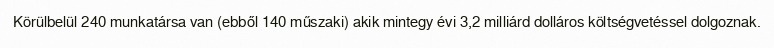
Körülbelül 240 munkatársa van (ebből 140 műszaki) akik mintegy évi 3,2 milliárd dolláros költségvetéssel dolgoznak.